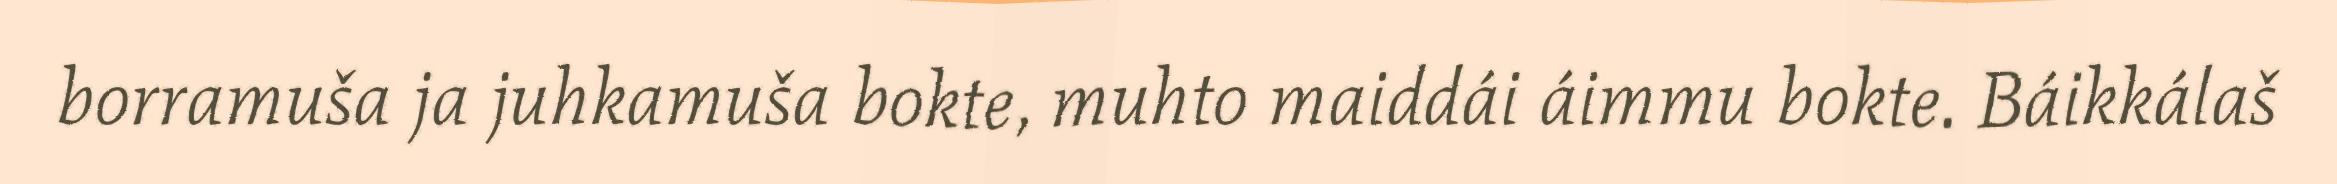
borramuša ja juhkamuša bokte, muhto maiddái áimmu bokte. Báikkálaš